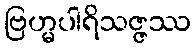
ဗြဟ္မပါရိသဇ္ဇဿ